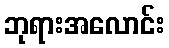
ဘုရားအလောင်း